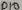
Text: D10